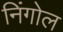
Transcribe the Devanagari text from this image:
निंगोल